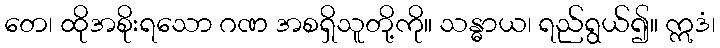
တေ၊ ထိုအစိုးရသော ဂဏ အစရှိသူတို့ကို။ သန္ဓာယ၊ ရည်ရွယ်၍။ ဣဒံ၊